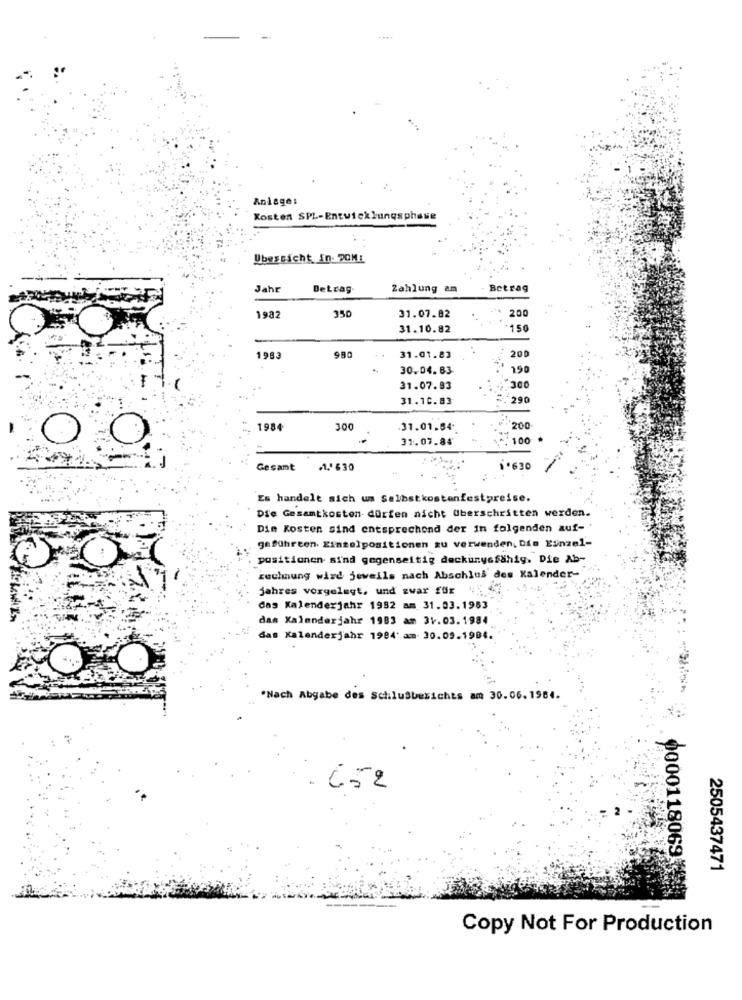
....
Anlage:
Kosten SPL-Entwicklungsphase
Ubessicht In. DOM:
Jahr
Betrag.
Zahlung am
Betrag
200
1982
350
31.07.82
31.10.82
150
980
200
1983
31.01.83
30.04.83
190
31.07.83
300
31.10.83
290
1984
300
31.01.64.
200
31.07.84
100
Gesamt
₼/630
1. 630
Es handelt sich um Selbstkostenfestpreise.
Die Gesamtkosten dürfen nicht überschritten werden.
Die Kosten sind entsprechend der in folgenden auf- '
geführten. Einzelpositionen zu verwenden, Die Einzel-
positionen sind gegenseitig deckungsfähig. Die Ab-
rechnung wird jeweils nach Abschlus des Kalender-
jahres vorgelegt, und zwar für
das Kalenderjahr 1982 am 31.03.1953
das Kalenderjahr 1983 am 31.03.1984
das Kalenderjahr 1984' am 30.09.1984.
*Nach Abgabe des Schlusberichts am 30.06. 1984.
52
2505437471
0000118069399
Copy Not For Production